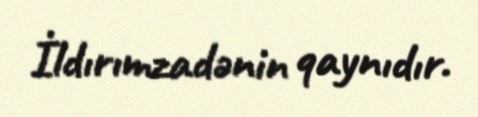
İldırımzadənin qaynıdır.